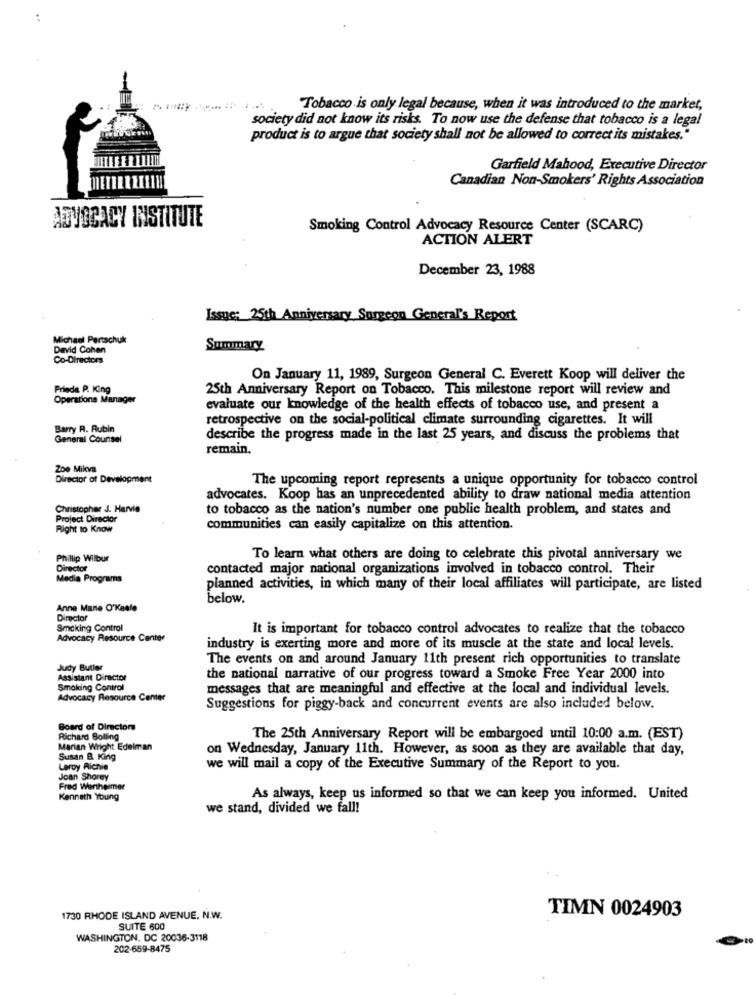
Tobacco is only legal because, when it was introduced to the market,
society did not know its risks. To now use the defense that tobacco is a legal
product is to argue that society shall not be allowed to correct its mistakes."
Garfield Mahood, Executive Director
Canadian Non-Smokers' Rights Association
ADVOCACY INSTITUTE
Smoking Control Advocacy Resource Center (SCARC)
ACTION ALERT
December 23, 1988
Issue: 25th Anniversary Surgeon General's Repost
Michael Pertschuk
David Cohen
Summary
Co-Directors
On January 11, 1989, Surgeon General C. Everett Koop will deliver the
Frieda P. King
25th Anniversary Report on Tobacco. This milestone report will review and
Operations Manager
evaluate our knowledge of the health effects of tobacco use, and present a
retrospective on the social-political climate surrounding cigarettes. It will
Barry R. Aubin
General Counsel
describe the progress made in the last 25 years, and discuss the problems that
remain.
Zoe Mikva
Director of Development
The upcoming report represents a unique opportunity for tobacco control
advocates. Koop has an unprecedented ability to draw national media attention
Christopher J. Harvie
to tobacco as the nation's number one public health problem, and states and
Project Director
Right to Know
communities can easily capitalize on this attention.
Phillip Wilbur
To learn what others are doing to celebrate this pivotal anniversary we
Director
contacted major national organizations involved in tobacco control. Their
Media Programs
planned activities, in which many of their local affiliates will participate, are listed
below.
Anne Marie O'Keale
Smoking Control
It is important for tobacco control advocates to realize that the tobacco
Advocacy Resource Center
industry is exerting more and more of its muscle at the state and local levels.
The events on and around January 11th present rich opportunities to translate
Judy Butler
Assistant Director
the national narrative of our progress toward a Smoke Free Year 2000 into
Smoking Control
messages that are meaningful and effective at the local and individual levels.
Advocacy Resource Center
Suggestions for piggy-back and concurrent events are also included below.
Board of Directors
Richard Bolling
The 25th Anniversary Report will be embargoed until 10:00 a.m. (EST)
Marian Wright Edelman
on Wednesday, January 11th. However, as soon as they are available that day,
Susan B. King
Leroy Richie
we will mail a copy of the Executive Summary of the Report to you.
Joan Shorey
Fred Wertheimer
Kenneth Young
As always, keep us informed so that we can keep you informed. United
we stand, divided we fall!
1730 RHODE ISLAND AVENUE, N.W.
TIMN 0024903
SUITE 600
WASHINGTON, DC 20036-3118
202-659-8475